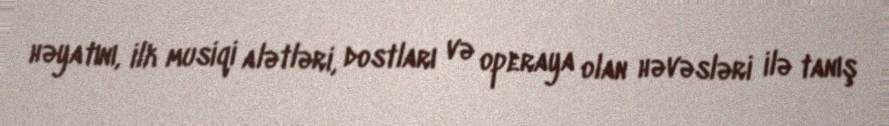
həyatını, ilk musiqi alətləri, dostları və operaya olan həvəsləri ilə tanış